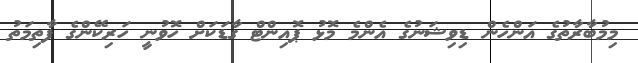
މިމުބާރާތުގެ އަންހެން ޑިވިޝަނުގެ އެންމެ މޮޅު ޕޮއިންޓް ގާޑަކަށް ހޮވުނީ ހަރިކޭންގެ ފާތިމަތު